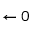
\leftarrow 0